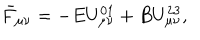
LaTeX: \bar { F } _ { \mu \nu } = - E U _ { \mu \nu } ^ { 0 1 } + B U _ { \mu \nu } ^ { 2 3 } ,